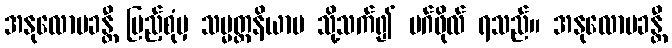
အနုလောမခန္တီ ပြည့်စုံမှ သမ္မတ္တနိယာမ သို့သက်၍ မဂ်ဖိုလ် ရသည်။ အနုလောမခန္တီ